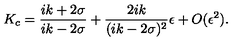
K _ { c } = \frac { i k + 2 \sigma } { i k - 2 \sigma } + \frac { 2 i k } { ( i k - 2 \sigma ) ^ { 2 } } \epsilon + O ( \epsilon ^ { 2 } ) .